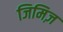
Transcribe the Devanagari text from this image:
जिमिज़